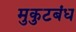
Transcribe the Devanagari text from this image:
मुकुटबंध